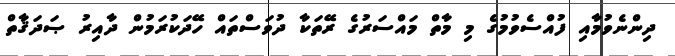
ދިންނެވުމާއި ފުއްސެވުމުގެ މި މާތް މައްސަރުގެ ރޭތަކާ ދުވަސްތައް ހޭދަކުރަމުން ދާއިރު ޞަދަޤާތް